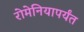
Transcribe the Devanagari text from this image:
रोमेनियापर्यंत